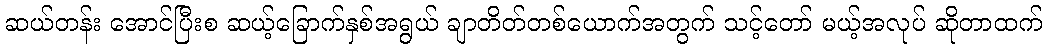
ဆယ်တန်း အောင်ပြီးစ ဆယ့်ခြောက်နှစ်အရွယ် ချာတိတ်တစ်ယောက်အတွက် သင့်တော် မယ့်အလုပ် ဆိုတာထက်